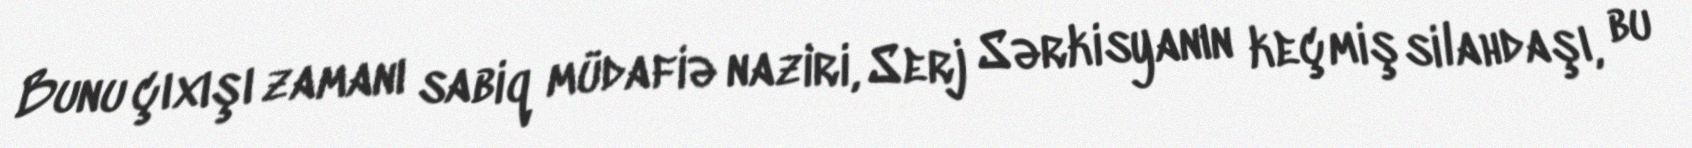
Bunu çıxışı zamanı sabiq müdafiə naziri, Serj Sərkisyanın keçmiş silahdaşı, bu